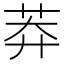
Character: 莽